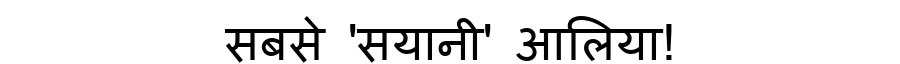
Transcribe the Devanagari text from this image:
सबसे 'सयानी' आलिया!